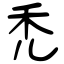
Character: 禿